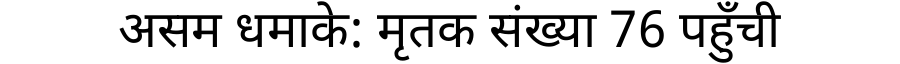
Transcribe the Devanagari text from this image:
असम धमाके: मृतक संख्या 76 पहुँची